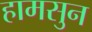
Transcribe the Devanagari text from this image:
हामसुन